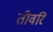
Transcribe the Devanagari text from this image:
तीवरि